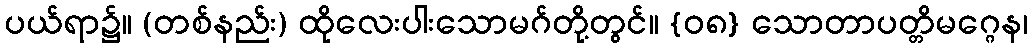
ပယ်ရာ၌။ (တစ်နည်း) ထိုလေးပါးသောမဂ်တို့တွင်။ {၀၈} သောတာပတ္တိမဂ္ဂေန၊